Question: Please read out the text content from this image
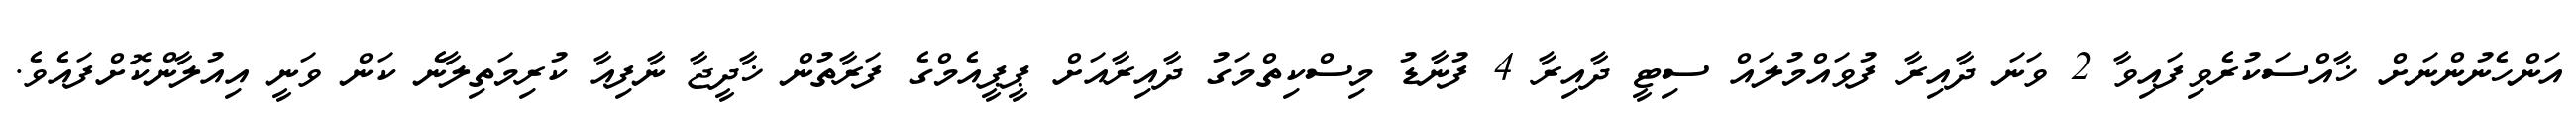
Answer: އަންހެނުންނަށް ޚާއްސަކުރެވިފައިވާ 2 ވަނަ ދާއިރާ ފުވައްމުލައް ސިޓީ ދާއިރާ 4 ފުނާޑު މިސްކިތްމަގު ދާއިރާއަށް ޕީޕީއެމްގެ ފަރާތުން ޚާދީޖާ ނާފިއާ ކުރިމަތިލާނެ ކަން ވަނީ އިއުލާންކޮށްފައެވެ.